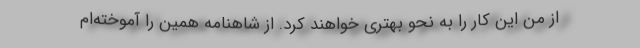
از من این کار را به نحو بهتری خواهند کرد. از شاهنامه همین را آموخته‌ام